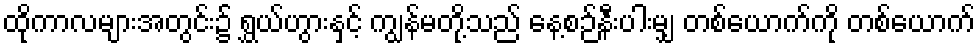
ထိုကာလများအတွင်း၌ ရွှယ်ဟွားနှင့် ကျွန်မတို့သည် နေ့စဉ်နီးပါးမျှ တစ်ယောက်ကို တစ်ယောက်